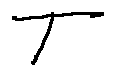
T